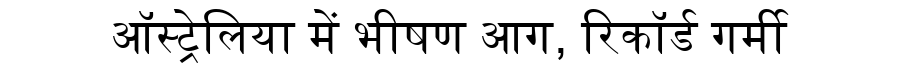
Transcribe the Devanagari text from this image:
ऑस्ट्रेलिया में भीषण आग, रिकॉर्ड गर्मी